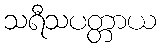
သရီသပတ္တာယ